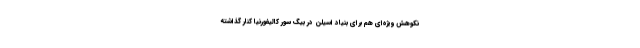
نکوهش ویژه‌ای هم برای بنیاد اسیلن در بیگ سور کالیفورنیا کنار گذاشته